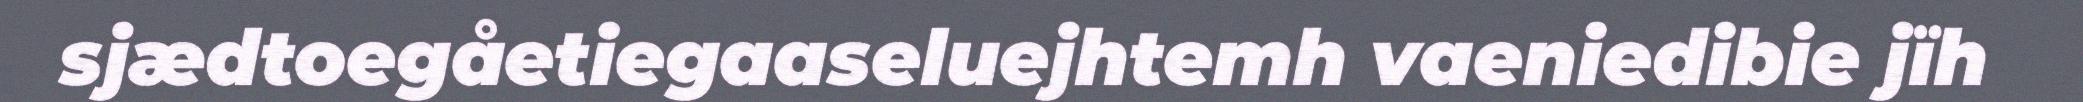
sjædtoegåetiegaaseluejhtemh vaeniedibie jïh